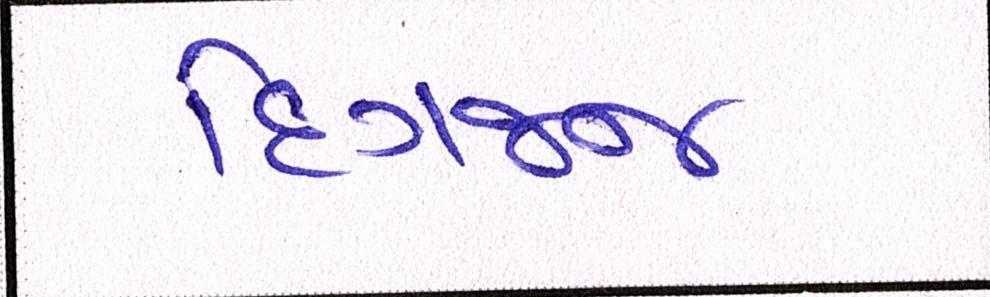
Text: દિગજ્જ